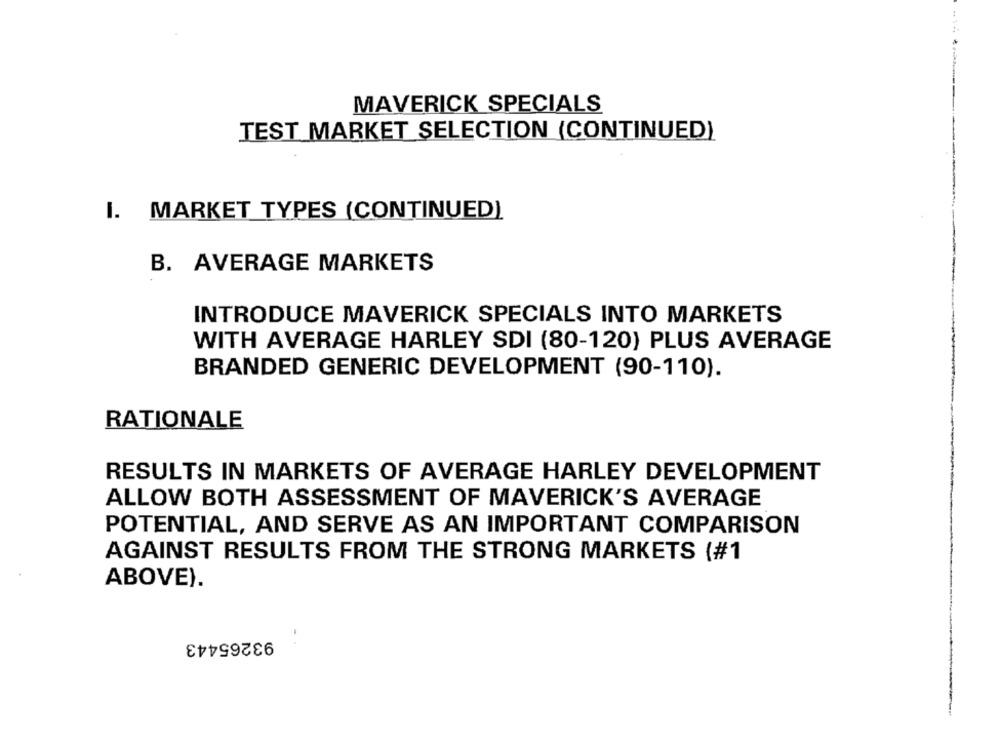
MAVERICK SPECIALS
TEST MARKET SELECTION (CONTINUED)
I. MARKET TYPES (CONTINUED)
B. AVERAGE MARKETS
INTRODUCE MAVERICK SPECIALS INTO MARKETS
WITH AVERAGE HARLEY SDI (80-120) PLUS AVERAGE
BRANDED GENERIC DEVELOPMENT (90-110).
RATIONALE
RESULTS IN MARKETS OF AVERAGE HARLEY DEVELOPMENT
ALLOW BOTH ASSESSMENT OF MAVERICK'S AVERAGE
POTENTIAL, AND SERVE AS AN IMPORTANT COMPARISON
AGAINST RESULTS FROM THE STRONG MARKETS (#1
ABOVE).
93265443